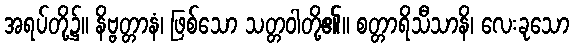
အရပ်တို့၌။ နိဗ္ဗတ္တာနံ၊ ဖြစ်သော သတ္တဝါတို့၏။ စတ္တာရိသီသာနိ၊ လေးခုသော